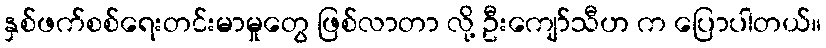
နှစ်ဖက်စစ်ရေးတင်းမာမှုတွေ ဖြစ်လာတာ လို့ ဦးကျော်သီဟ က ပြောပါတယ်။